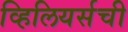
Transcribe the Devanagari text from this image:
व्हिलियर्सची